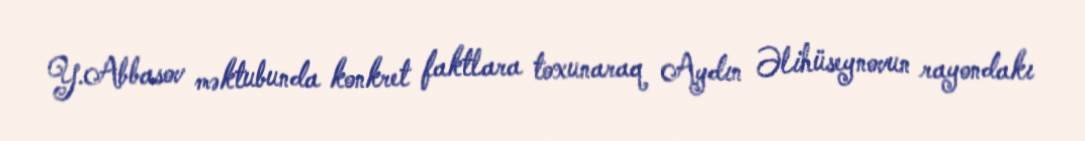
Y.Abbasov məktubunda konkret faktlara toxunaraq Aydın Əlihüseynovun rayondakı